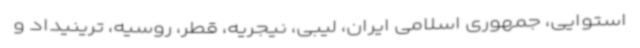
استوایی، جمهوری اسلامی ایران، لیبی، نیجریه، قطر، روسیه، ترینیداد و